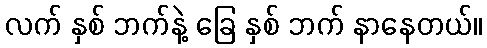
လက် နှစ် ဘက်နဲ့ ခြေ နှစ် ဘက် နာနေတယ်။